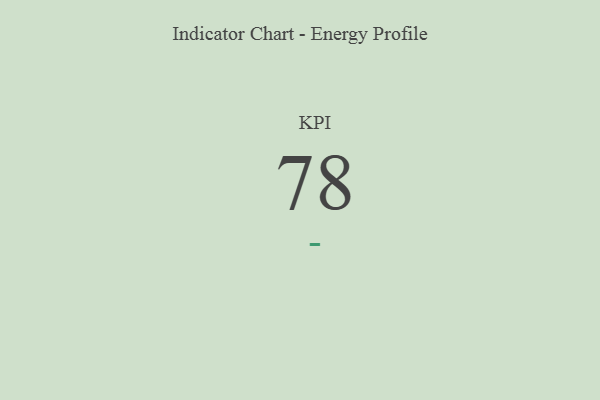
{"axis": {"x": "KPI", "y": "Value"}, "legend": [""], "data": [{"x": "KPI", "y": 78, "type": ""}]}